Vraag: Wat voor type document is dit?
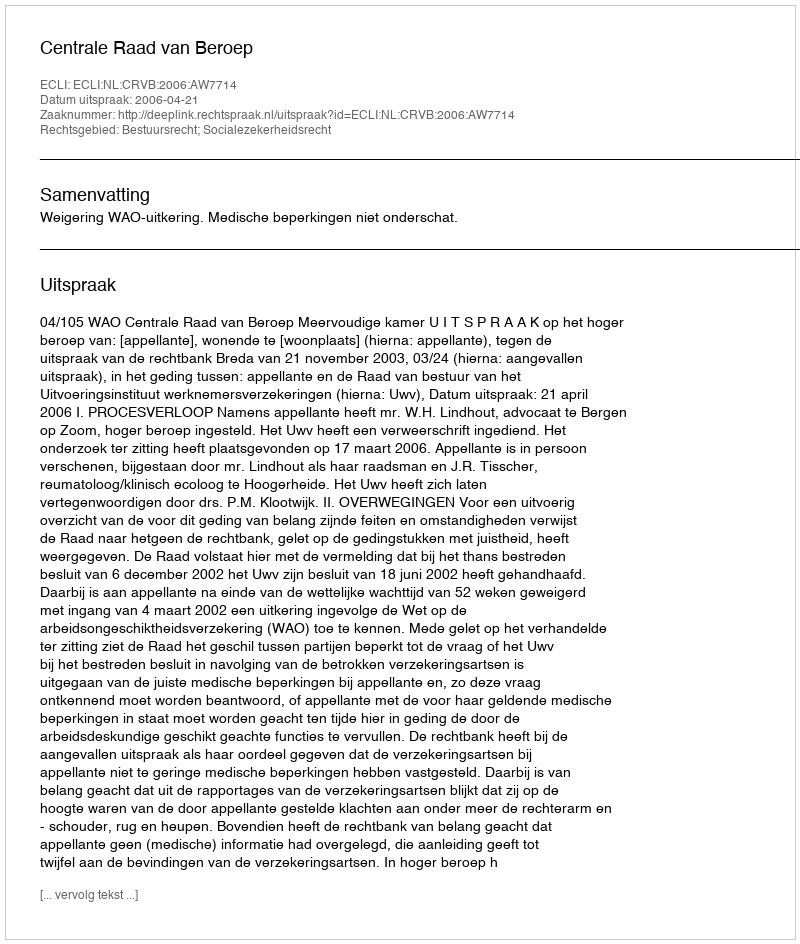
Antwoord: Uitspraak